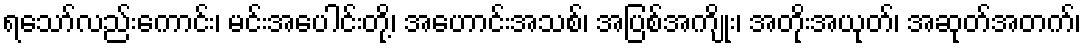
ရသော်လည်းကောင်း၊ မင်းအပေါင်းတို့၊ အဟောင်းအသစ်၊ အပြစ်အကျိုး၊ အတိုးအယုတ်၊ အဆုတ်အတက်၊